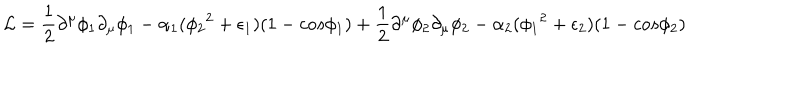
{ \cal L } = \frac { 1 } { 2 } \partial ^ { \mu } \phi _ { 1 } \partial _ { \mu } \phi _ { 1 } - \alpha _ { 1 } ( { \phi _ { 2 } } ^ { 2 } + \epsilon _ { 1 } ) ( 1 - c o s \phi _ { 1 } ) + \frac { 1 } { 2 } \partial ^ { \mu } \phi _ { 2 } \partial _ { \mu } \phi _ { 2 } - \alpha _ { 2 } ( { \phi _ { 1 } } ^ { 2 } + \epsilon _ { 2 } ) ( 1 - c o s \phi _ { 2 } )